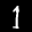
Label: 1